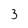
Character: 3